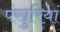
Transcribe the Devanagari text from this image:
पंखुरियां